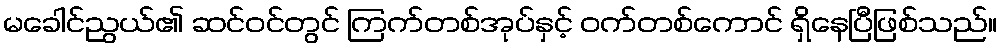
မခေါင်ညွယ်၏ ဆင်ဝင်တွင် ကြက်တစ်အုပ်နှင့် ဝက်တစ်ကောင် ရှိနေပြီဖြစ်သည်။